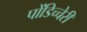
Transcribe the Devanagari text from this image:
पोंडिच्चेरी